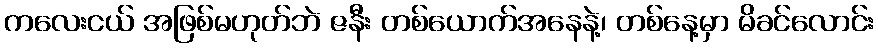
ကလေးငယ် အဖြစ်မဟုတ်ဘဲ ဇနီး တစ်ယောက်အနေနဲ့၊ တစ်နေ့မှာ မိခင်လောင်း